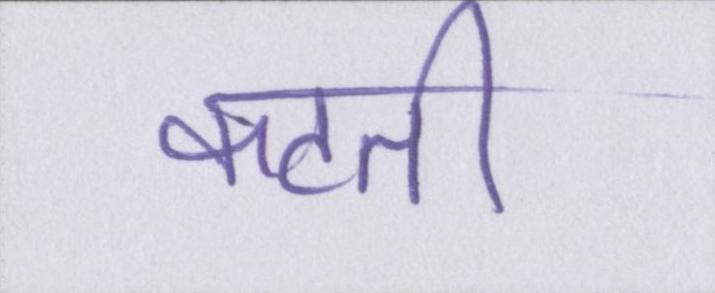
कटती